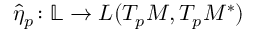
\widehat { \eta } _ { p } \colon \mathbb L \to L ( T _ { p } M , T _ { p } M ^ { * } )